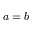
a = b